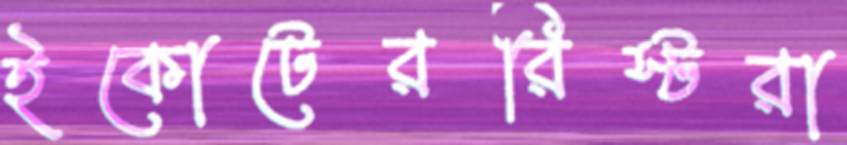
ইকোটেররিস্টরা